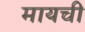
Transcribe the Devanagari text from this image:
मायची